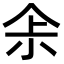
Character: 𠈒